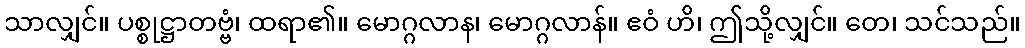
သာလျှင်။ ပစ္စုဋ္ဌာတဗ္ဗံ၊ ထရာ၏။ မောဂ္ဂလာန၊ မောဂ္ဂလာန်။ ဧဝံ ဟိ၊ ဤသို့လျှင်။ တေ၊ သင်သည်။